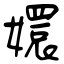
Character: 嬛